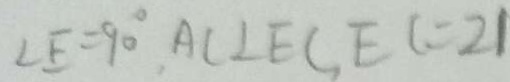
\angle E = 9 0 ^ { \circ } , A C \bot E C , E C = 2 1